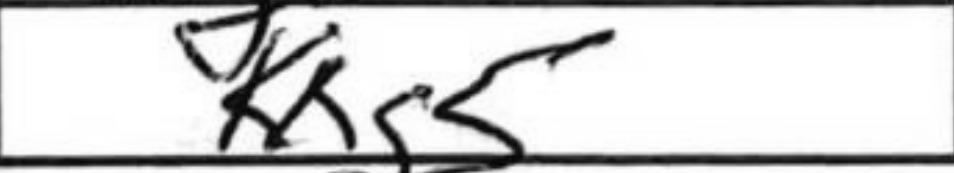
Transcription: Kxg5